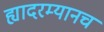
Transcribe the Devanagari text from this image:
ह्यादरम्यानच